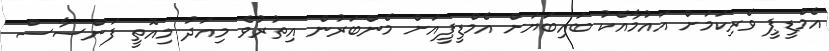
އެމްޑީޕީ ވެރިކަމަށް އައުމާއެކު ބައިބަޔަށް އެމްޑީޕީއަށް މެންބަރުން އިތުރުވެ މިއަދު މިއޮތީ ފަންސާސް